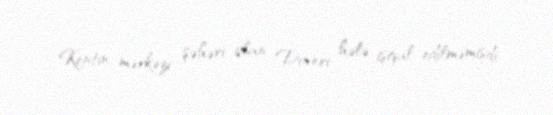
Kentin mərkəzi şəhəri olan Doveri hələ işğal edilməmişdi.